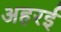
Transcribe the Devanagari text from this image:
अहरई